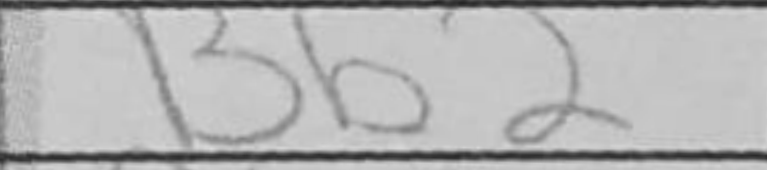
Transcription: Bb2